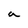
Character: a